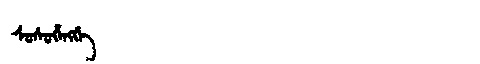
Manchu: ᠰᡠᠰᡠᡥᡝᠩᡤᡝ
Romanization: SUSUHENGGE